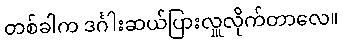
တစ်ခါက ဒင်္ဂါးဆယ်ပြားလှူလိုက်တာလေ။